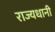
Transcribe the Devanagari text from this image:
राज्यधानी